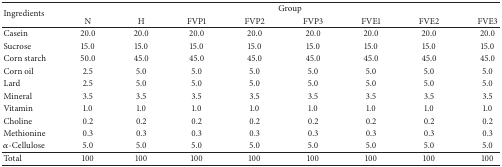
| <ROWSPAN=2> Ingredients | <COLSPAN=8> Group |
 | N | H | FVP1 | FVP2 | FVP3 | FVE1 | FVE2 | FVE3 |
 | --- | --- | --- | --- | --- | --- | --- | --- | --- |
 | Casein | 20.0 | 20.0 | 20.0 | 20.0 | 20.0 | 20.0 | 20.0 | 20.0 |
 | Sucrose | 15.0 | 15.0 | 15.0 | 15.0 | 15.0 | 15.0 | 15.0 | 15.0 |
 | Corn starch | 50.0 | 45.0 | 45.0 | 45.0 | 45.0 | 45.0 | 45.0 | 45.0 |
 | Corn oil | 2.5 | 5.0 | 5.0 | 5.0 | 5.0 | 5.0 | 5.0 | 5.0 |
 | Lard | 2.5 | 5.0 | 5.0 | 5.0 | 5.0 | 5.0 | 5.0 | 5.0 |
 | Mineral | 3.5 | 3.5 | 3.5 | 3.5 | 3.5 | 3.5 | 3.5 | 3.5 |
 | Vitamin | 1.0 | 1.0 | 1.0 | 1.0 | 1.0 | 1.0 | 1.0 | 1.0 |
 | Choline | 0.2 | 0.2 | 0.2 | 0.2 | 0.2 | 0.2 | 0.2 | 0.2 |
 | Methionine | 0.3 | 0.3 | 0.3 | 0.3 | 0.3 | 0.3 | 0.3 | 0.3 |
 | α-Cellulose | 5.0 | 5.0 | 5.0 | 5.0 | 5.0 | 5.0 | 5.0 | 5.0 |
 | Total | 100 | 100 | 100 | 100 | 100 | 100 | 100 | 100 |